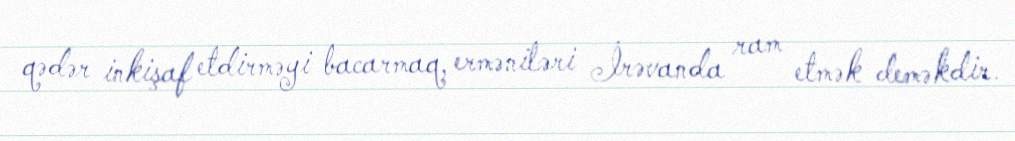
qədər inkişaf etdirməyi bacarmaq, erməniləri İrəvanda ram etmək deməkdir.